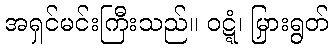
အရှင်မင်းကြီးသည်။ ဝဋ္ဋံ၊ မြှားရွတ်